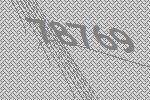
78769